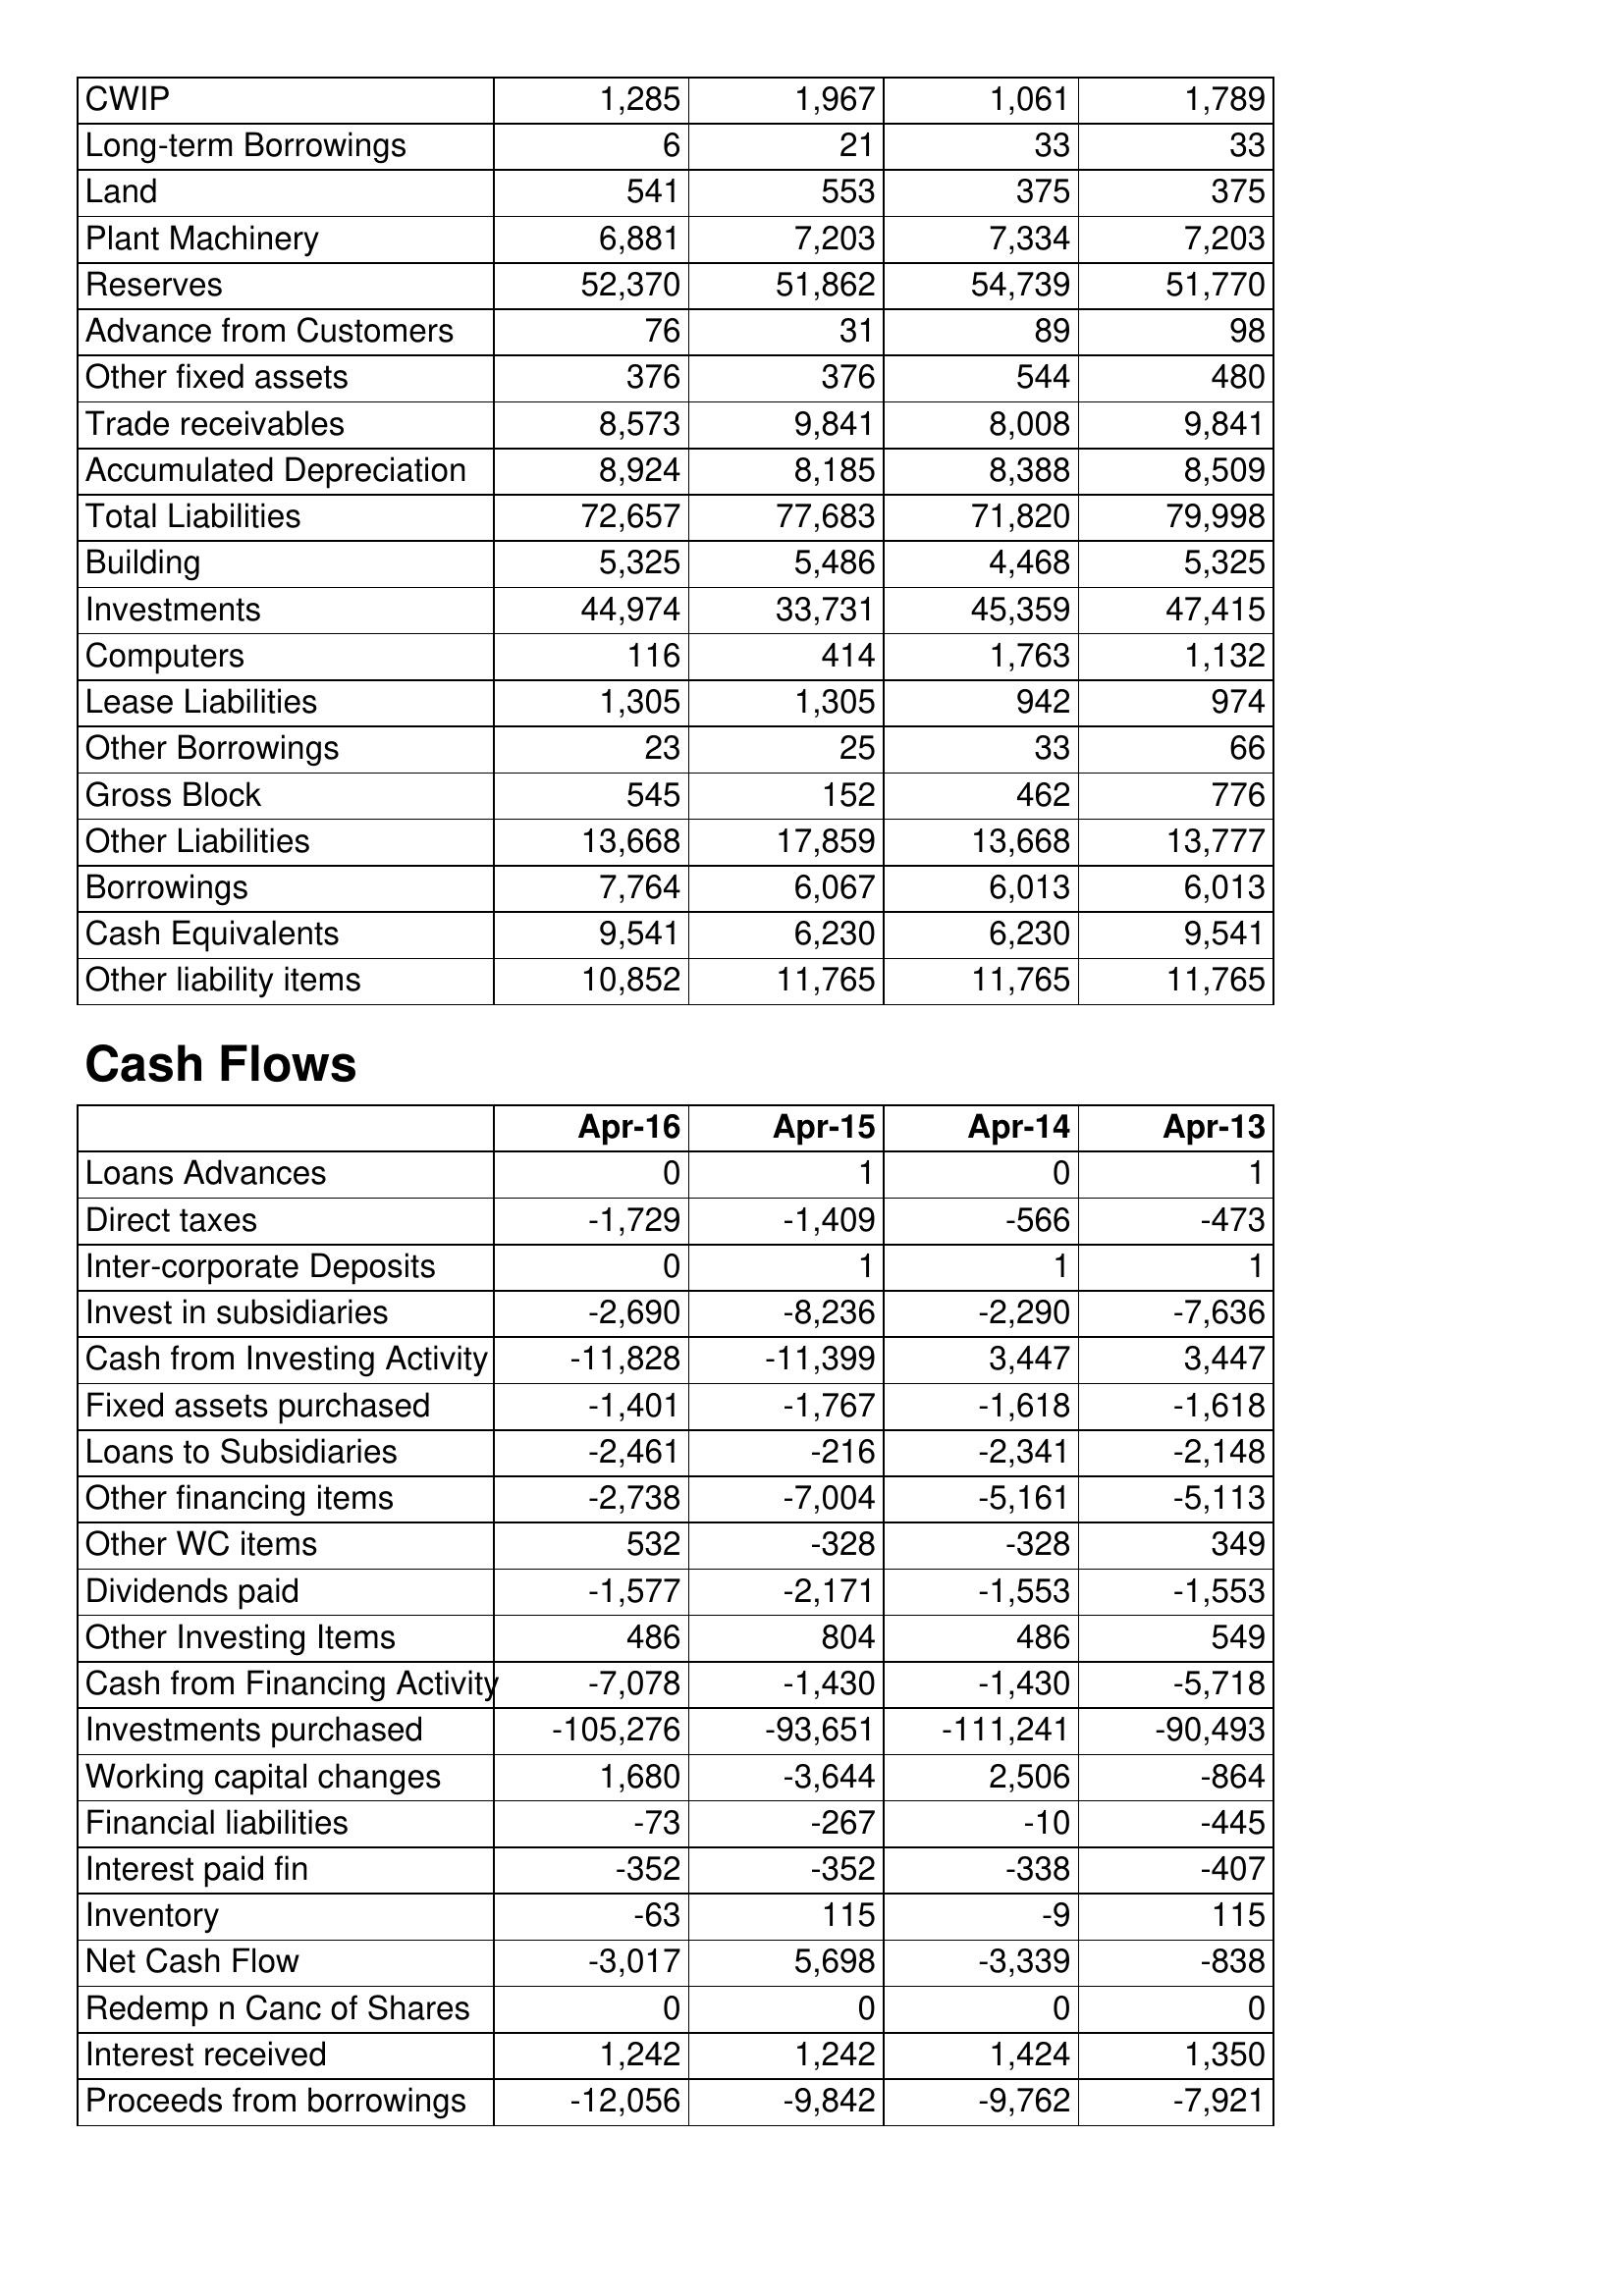
Apr-16: Balance Sheet: CWIP: 1,285
Long-term Borrowings: 6
Land: 541
Plant Machinery: 6,881
Reserves: 52,370
Advance from Customers: 76
Other fixed assets: 376
Trade receivables: 8,573
Accumulated Depreciation: 8,924
Total Liabilities: 72,657
Building: 5,325
Investments: 44,974
Computers: 116
Lease Liabilities: 1,305
Other Borrowings: 23
Gross Block: 545
Other Liabilities: 13,668
Borrowings: 7,764
Cash Equivalents: 9,541
Other liability items: 10,852
Cash Flows: Loans Advances: 0
Direct taxes: -1,729
Inter-corporate Deposits: 0
Invest in subsidiaries: -2,690
Cash from Investing Activity: -11,828
Fixed assets purchased: -1,401
Loans to Subsidiaries: -2,461
Other financing items: -2,738
Other WC items: 532
Dividends paid: -1,577
Other Investing Items: 486
Cash from Financing Activity: -7,078
Investments purchased: -105,276
Working capital changes: 1,680
Financial liabilities: -73
Interest paid fin: -352
Inventory: -63
Net Cash Flow: -3,017
Redemp n Canc of Shares: 0
Interest received: 1,242
Proceeds from borrowings: -12,056
Apr-15: Balance Sheet: CWIP: 1,967
Long-term Borrowings: 21
Land: 553
Plant Machinery: 7,203
Reserves: 51,862
Advance from Customers: 31
Other fixed assets: 376
Trade receivables: 9,841
Accumulated Depreciation: 8,185
Total Liabilities: 77,683
Building: 5,486
Investments: 33,731
Computers: 414
Lease Liabilities: 1,305
Other Borrowings: 25
Gross Block: 152
Other Liabilities: 17,859
Borrowings: 6,067
Cash Equivalents: 6,230
Other liability items: 11,765
Cash Flows: Loans Advances: 1
Direct taxes: -1,409
Inter-corporate Deposits: 1
Invest in subsidiaries: -8,236
Cash from Investing Activity: -11,399
Fixed assets purchased: -1,767
Loans to Subsidiaries: -216
Other financing items: -7,004
Other WC items: -328
Dividends paid: -2,171
Other Investing Items: 804
Cash from Financing Activity: -1,430
Investments purchased: -93,651
Working capital changes: -3,644
Financial liabilities: -267
Interest paid fin: -352
Inventory: 115
Net Cash Flow: 5,698
Redemp n Canc of Shares: 0
Interest received: 1,242
Proceeds from borrowings: -9,842
Apr-14: Balance Sheet: CWIP: 1,061
Long-term Borrowings: 33
Land: 375
Plant Machinery: 7,334
Reserves: 54,739
Advance from Customers: 89
Other fixed assets: 544
Trade receivables: 8,008
Accumulated Depreciation: 8,388
Total Liabilities: 71,820
Building: 4,468
Investments: 45,359
Computers: 1,763
Lease Liabilities: 942
Other Borrowings: 33
Gross Block: 462
Other Liabilities: 13,668
Borrowings: 6,013
Cash Equivalents: 6,230
Other liability items: 11,765
Cash Flows: Loans Advances: 0
Direct taxes: -566
Inter-corporate Deposits: 1
Invest in subsidiaries: -2,290
Cash from Investing Activity: 3,447
Fixed assets purchased: -1,618
Loans to Subsidiaries: -2,341
Other financing items: -5,161
Other WC items: -328
Dividends paid: -1,553
Other Investing Items: 486
Cash from Financing Activity: -1,430
Investments purchased: -111,241
Working capital changes: 2,506
Financial liabilities: -10
Interest paid fin: -338
Inventory: -9
Net Cash Flow: -3,339
Redemp n Canc of Shares: 0
Interest received: 1,424
Proceeds from borrowings: -9,762
Apr-13: Balance Sheet: CWIP: 1,789
Long-term Borrowings: 33
Land: 375
Plant Machinery: 7,203
Reserves: 51,770
Advance from Customers: 98
Other fixed assets: 480
Trade receivables: 9,841
Accumulated Depreciation: 8,509
Total Liabilities: 79,998
Building: 5,325
Investments: 47,415
Computers: 1,132
Lease Liabilities: 974
Other Borrowings: 66
Gross Block: 776
Other Liabilities: 13,777
Borrowings: 6,013
Cash Equivalents: 9,541
Other liability items: 11,765
Cash Flows: Loans Advances: 1
Direct taxes: -473
Inter-corporate Deposits: 1
Invest in subsidiaries: -7,636
Cash from Investing Activity: 3,447
Fixed assets purchased: -1,618
Loans to Subsidiaries: -2,148
Other financing items: -5,113
Other WC items: 349
Dividends paid: -1,553
Other Investing Items: 549
Cash from Financing Activity: -5,718
Investments purchased: -90,493
Working capital changes: -864
Financial liabilities: -445
Interest paid fin: -407
Inventory: 115
Net Cash Flow: -838
Redemp n Canc of Shares: 0
Interest received: 1,350
Proceeds from borrowings: -7,921